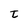
Character: t